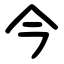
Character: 今